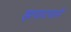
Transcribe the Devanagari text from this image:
झपाटयानें